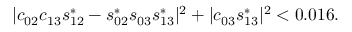
\vert c _ { 0 2 } c _ { 1 3 } s _ { 1 2 } ^ { * } - s _ { 0 2 } ^ { * } s _ { 0 3 } s _ { 1 3 } ^ { * } \vert ^ { 2 } + \vert c _ { 0 3 } s _ { 1 3 } ^ { * } \vert ^ { 2 } < 0 . 0 1 6 .